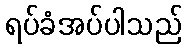
ရပ်ခံအပ်ပါသည်